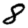
Digit: 8